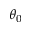
\theta _ { 0 }